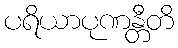
ပရိယာပုဏန္တီတိ